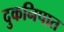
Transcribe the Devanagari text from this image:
दुकनिपात